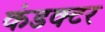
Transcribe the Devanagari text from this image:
कंडक्‍टर